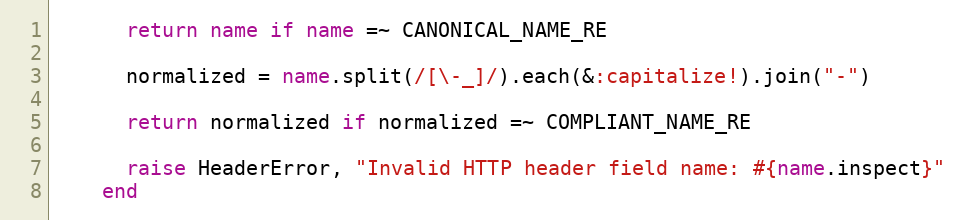
Language: Ruby
      return name if name =~ CANONICAL_NAME_RE

      normalized = name.split(/[\-_]/).each(&:capitalize!).join("-")

      return normalized if normalized =~ COMPLIANT_NAME_RE

      raise HeaderError, "Invalid HTTP header field name: #{name.inspect}"
    end